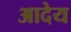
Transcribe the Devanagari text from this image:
आदेय